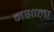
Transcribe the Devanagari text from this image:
मशाला